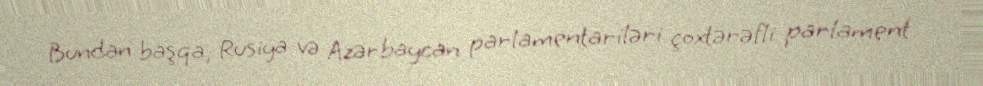
Bundan başqa, Rusiya və Azərbaycan parlamentariləri çoxtərəfli parlament